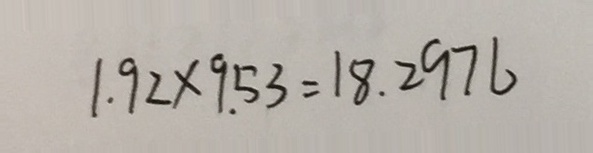
1 . 9 2 \times 9 . 5 3 = 1 8 . 2 9 7 6